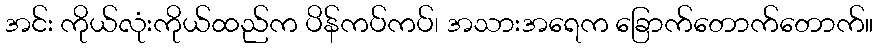
အင်း ကိုယ်လုံးကိုယ်ထည်က ပိန်ကပ်ကပ်၊ အသားအရေက ခြောက်တောက်တောက်။